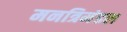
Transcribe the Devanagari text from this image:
मनत्रिमंडल